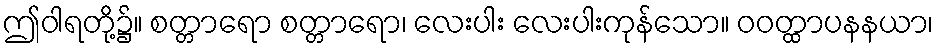
ဤဝါရတို့၌။ စတ္တာရော စတ္တာရော၊ လေးပါး လေးပါးကုန်သော။ ဝဝတ္ထာပနနယာ၊